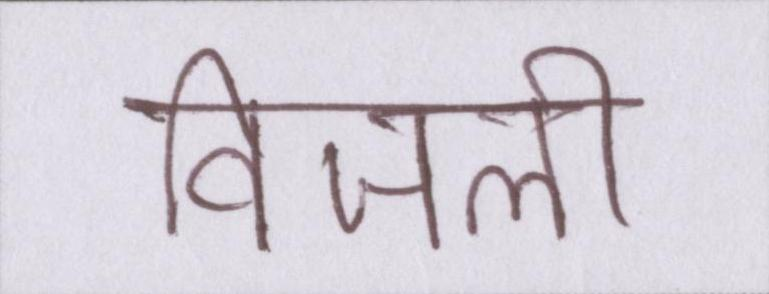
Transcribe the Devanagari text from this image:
विजली